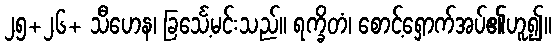
၂၅+၂၆+ သီဟေန၊ ခြင်္သေ့မင်းသည်။ ရက္ခိတံ၊ စောင့်ရှောက်အပ်၏ဟူ၍။